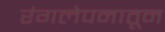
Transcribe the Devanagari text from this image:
रंगलेपनातून